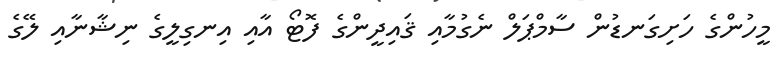
މީހުންގެ ހަށިގަނޑުން ސާމްޕަލް ނެގުމާއި ޤައިދީންގެ ފޮޓޯ އާއި އިނގިލީގެ ނިޝާނާއި ލޭގެ